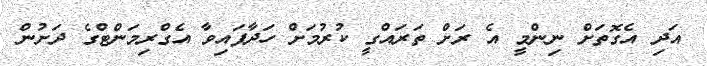
އަދި އެގޮތަށް ނިންމީ އެ ރަށް ތަރައްގީ ކުރުމަށް ހަދާފައިވާ އެގްރިމަންޓްގެ ދަށުން